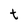
Character: t